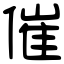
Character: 催